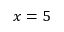
x = 5